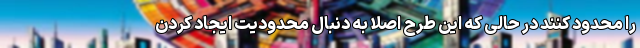
را محدود کنند در حالی که این طرح اصلا به دنبال محدودیت ایجاد کردن